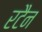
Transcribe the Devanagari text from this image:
रटैन